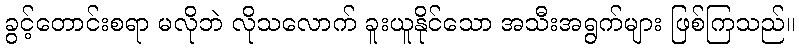
ခွင့်တောင်းစရာ မလိုဘဲ လိုသလောက် ခူးယူနိုင်သော အသီးအရွက်များ ဖြစ်ကြသည်။